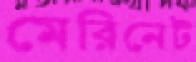
মেরিনেট